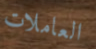
العاملات